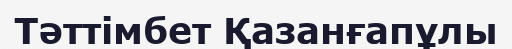
Тәттімбет Қазанғапұлы